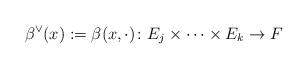
LaTeX: \begin{align*}\beta^\vee(x):=\beta(x,\cdot)\colon E_j\times \cdots\times E_k\to F\end{align*}